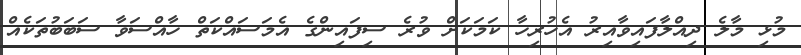
މުޅި މާލެ ދިއްލާފައިވާއިރު އެހުރިހާ ކަމަކަށް ވުރެ ސިފައިންގެ އެމަސައްކަތް ހާއްސަވާ ސަބަބުތަކެއް